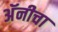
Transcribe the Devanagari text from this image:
अॅनीचा